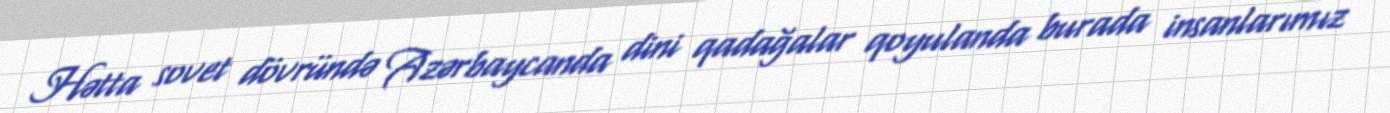
Hətta sovet dövründə Azərbaycanda dini qadağalar qoyulanda burada insanlarımız